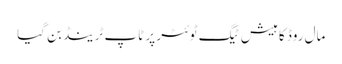
مال روڈ کا ہیش ٹیگ ٹوئٹر پر ٹاپ ٹرینڈ بن گیا